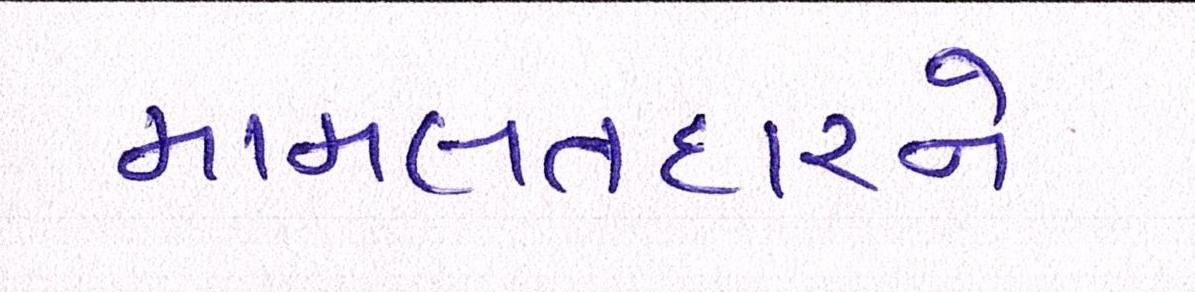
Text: મામલતદારને